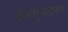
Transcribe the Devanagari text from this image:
चकमुजफ्फर